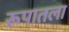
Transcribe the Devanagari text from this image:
रूपातला